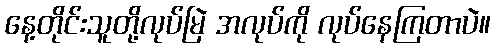
နေ့တိုင်းသူတို့လုပ်မြဲ အလုပ်ကို လုပ်နေကြတာပဲ။